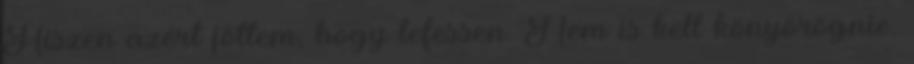
Hiszen azért jöttem, hogy lefessen. Nem is kell könyörögnie.